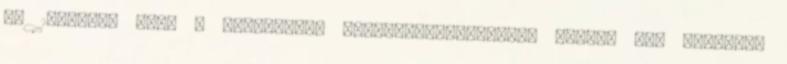
az 1-eshez, mert a kelenföldi meghosszabbításával együtt azt tervezem